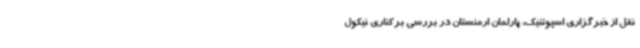
نقل از خبرگزاری اسپوتنیک، پارلمان ارمنستان در بررسی برکناری نیکول